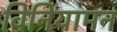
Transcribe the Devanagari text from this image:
विनियामन